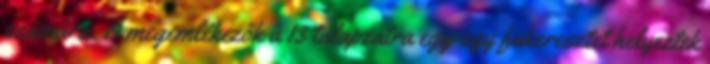
számára. A megemlékezők a 13 talapzatra egy-egy fakeresztet helyeztek